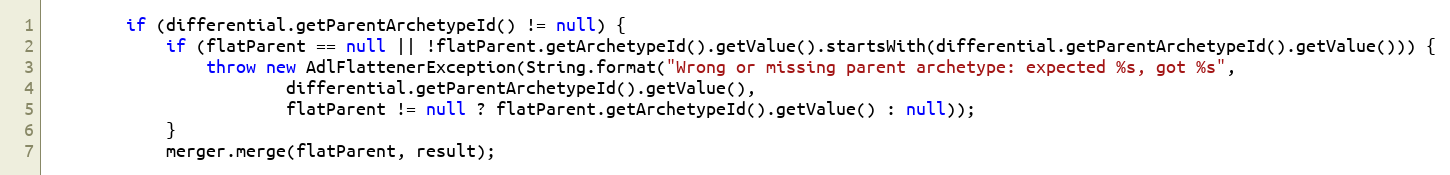
Language: Java
        if (differential.getParentArchetypeId() != null) {
            if (flatParent == null || !flatParent.getArchetypeId().getValue().startsWith(differential.getParentArchetypeId().getValue())) {
                throw new AdlFlattenerException(String.format("Wrong or missing parent archetype: expected %s, got %s",
                        differential.getParentArchetypeId().getValue(),
                        flatParent != null ? flatParent.getArchetypeId().getValue() : null));
            }
            merger.merge(flatParent, result);